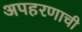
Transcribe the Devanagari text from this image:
अपहरणाची